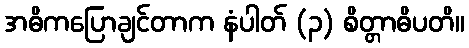
အဓိကပြောချင်တာက နံပါတ် (၃) စိတ္တာဓိပတိ။